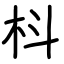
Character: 枓